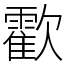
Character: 㱋